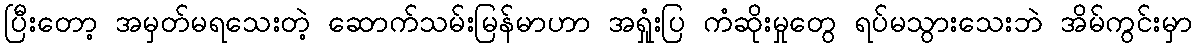
ပြီးတော့ အမှတ်မရသေးတဲ့ ဆောက်သမ်းမြန်မာဟာ အရှုံးပြ ကံဆိုးမှုတွေ ရပ်မသွားသေးဘဲ အိမ်ကွင်းမှာ